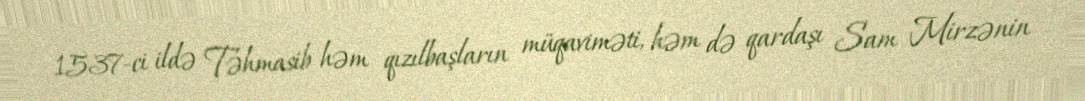
1537-ci ildə Təhmasib həm qızılbaşların müqaviməti, həm də qardaşı Sam Mirzənin